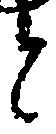
と